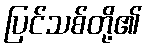
ပြင်သစ်တို့၏